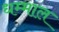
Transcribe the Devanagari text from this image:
धम्माल